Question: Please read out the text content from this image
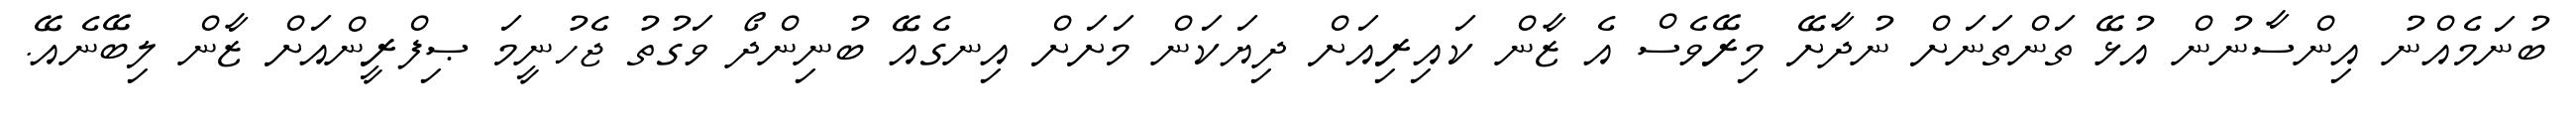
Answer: ބުނަމެއްނު އިންސާނުން އުޅޭ ތަންތަނަށް ނުދާށޭ މިރޭވެސް އެ ޒާން ކައިރިއަށް ދިޔަކަން މަށަށް އިނގެއޭ ބުނިންދޯ ވަގުތު ޖެހުނީމަ ޞިފްރީންއަށް ޒާން ލިބޭނެއޭ.